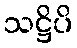
သဋ္ဌိပိ